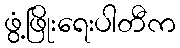
ဖွံ့ဖြိုးရေးပါတီက